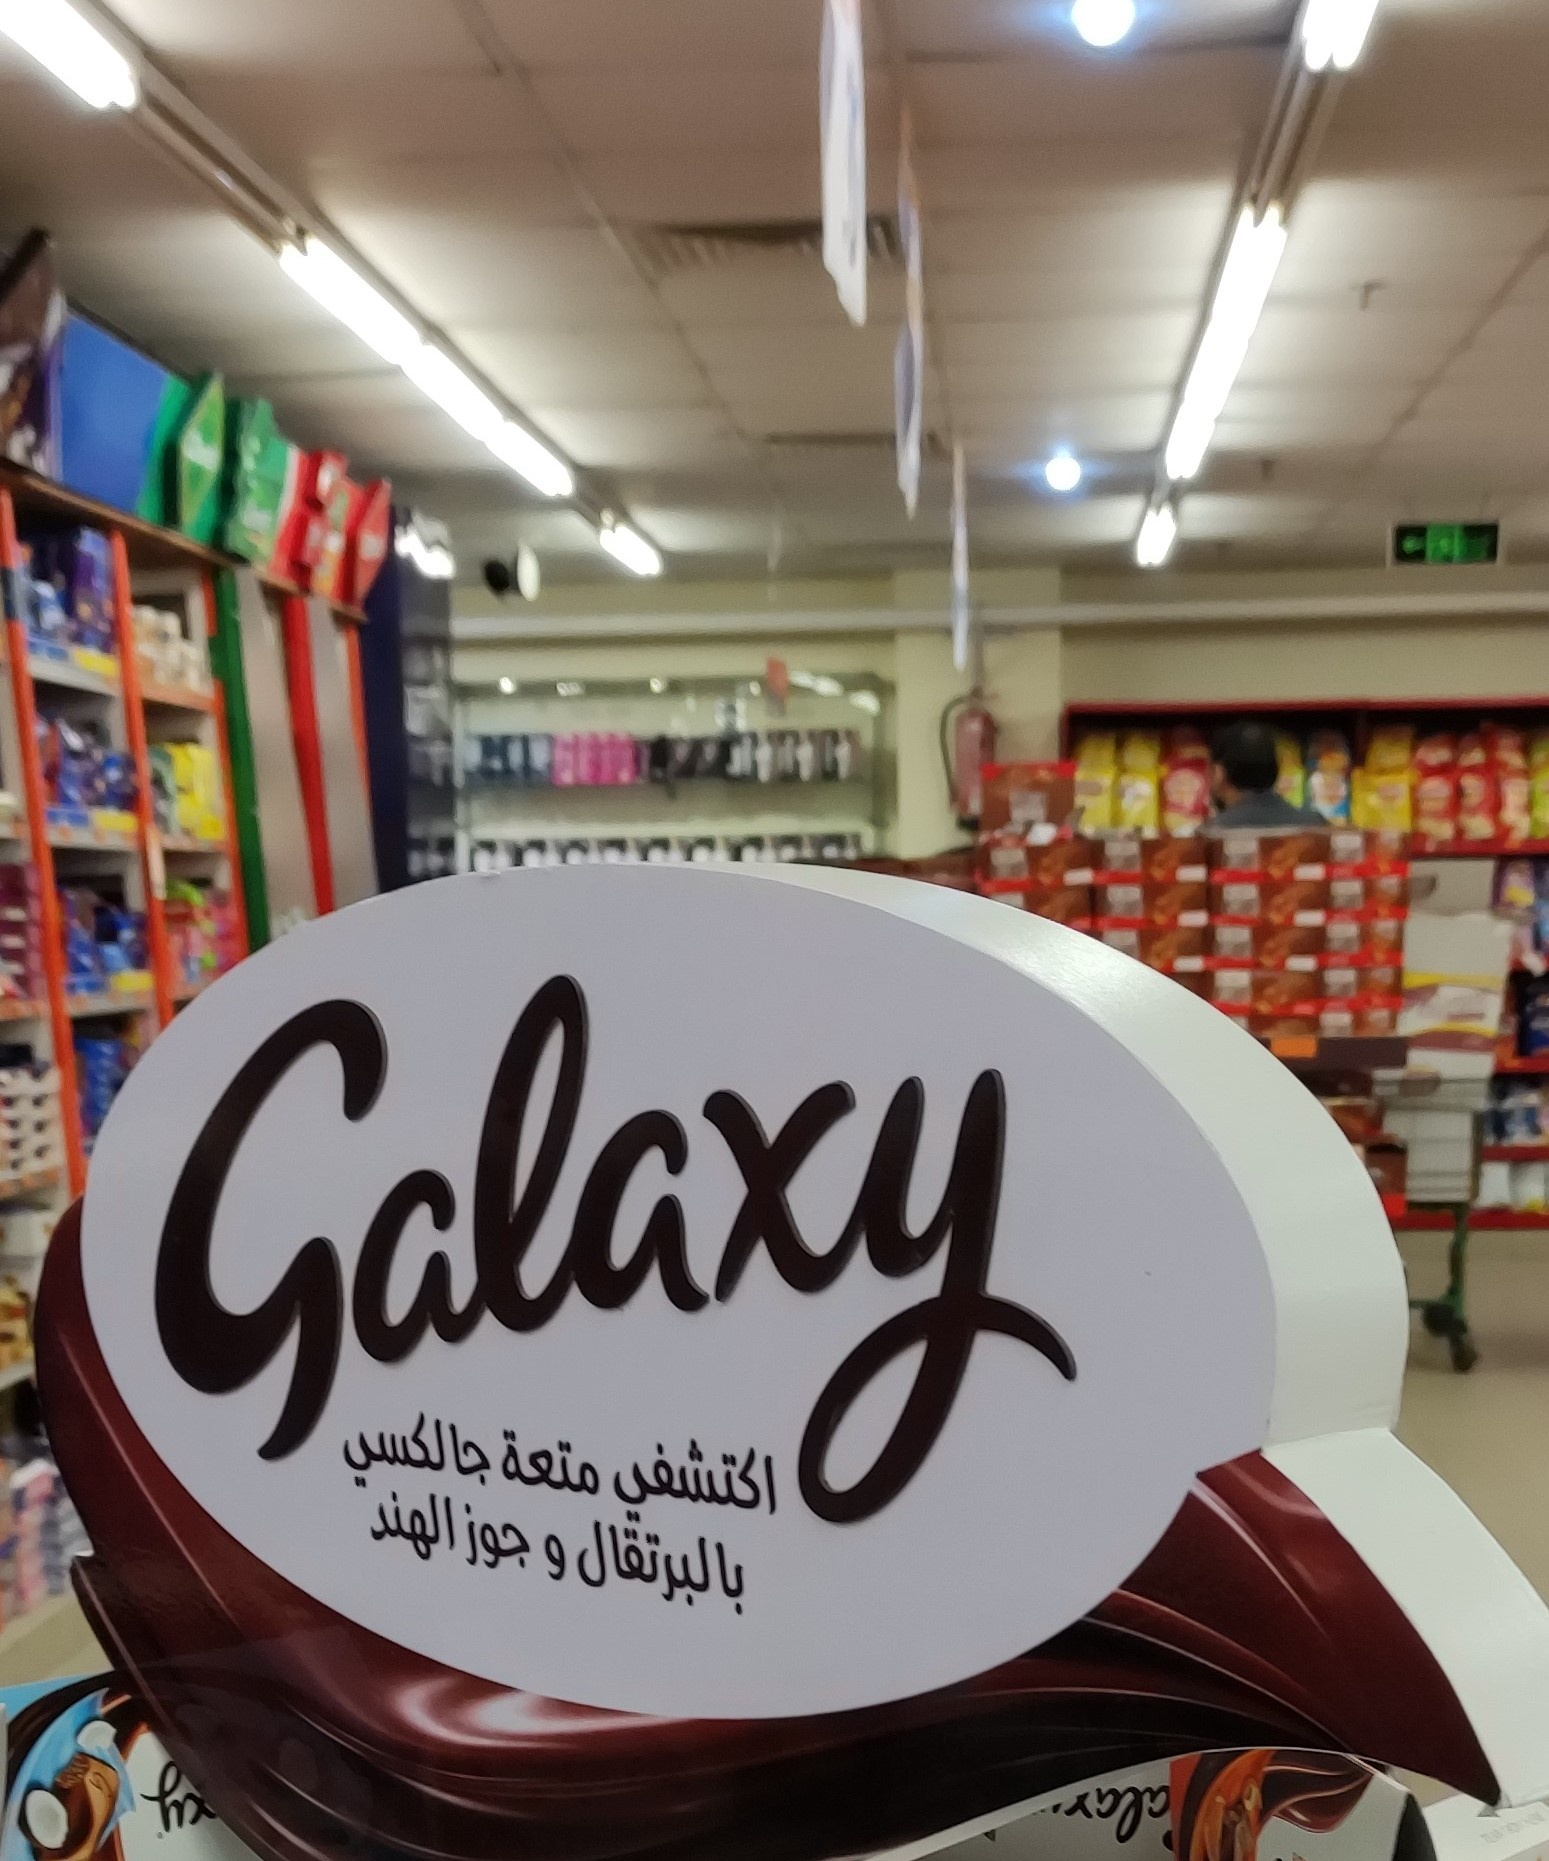
Text in image: جالكسي متعة اكتشفي جوزالهند و بالبرتقال Galaxy